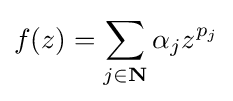
f(z)=\sum _{j\in \mathbf {N} }\alpha _{j}z^{p_{j}}